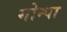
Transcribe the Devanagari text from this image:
गोन्पा